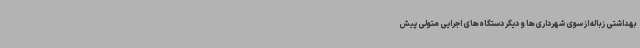
بهداشتی زباله از سوی شهرداری‌ها و دیگر دستگاه‌های اجرایی متولی پیش